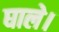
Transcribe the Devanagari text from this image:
घाले।